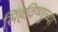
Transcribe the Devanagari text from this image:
सिंहविष्णुच्या